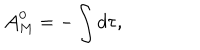
{ \cal A } _ { M } ^ { 0 } = - \int d \tau ,